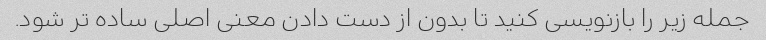
جمله زیر را بازنویسی کنید تا بدون از دست دادن معنی اصلی ساده تر شود.